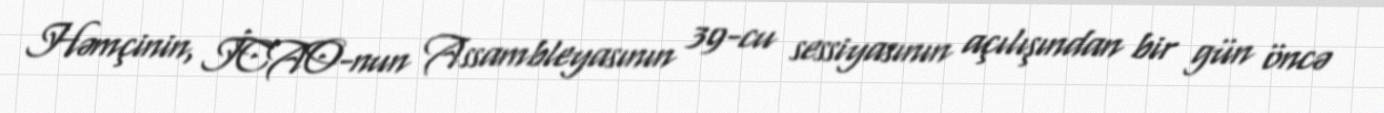
Həmçinin, İCAO-nun Assambleyasının 39-cu sessiyasının açılışından bir gün öncə